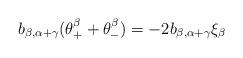
LaTeX: \begin{align*}b_{\beta, \alpha + \gamma}(\theta^\beta_+ + \theta^\beta_-) = -2 b_{\beta, \alpha + \gamma} \xi_\beta\end{align*}